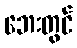
ဘေးတွင်